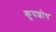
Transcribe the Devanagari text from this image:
कूपशोथ